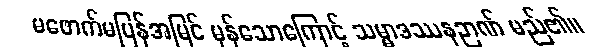
မဖောက်မပြန်အမြင် မှန်သောကြောင့် သမ္မာဒဿနဉာဏ် မည်၏။